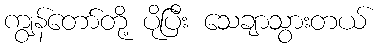
ကျွန်တော်တို့ ပိုပြီး သေချာသွားတယ်